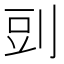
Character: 剅